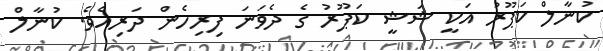
ކުނާލް ކަޕޫރު އަކީ ޝަޝީ ކަޕޫރު ގެ ދެވަނަ ފިރިހެން ދަރިއެވެ. ކުނާލް